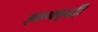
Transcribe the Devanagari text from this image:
ज्ञानवृद्धी